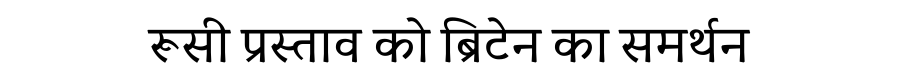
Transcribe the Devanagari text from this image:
रूसी प्रस्ताव को ब्रिटेन का समर्थन